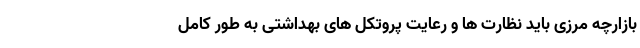
بازارچه مرزی باید نظارت ها و رعایت پروتکل های بهداشتی به طور کامل